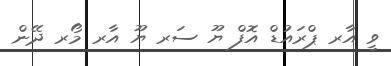
ވީ އާރ ޕްރައުޑް އޮފް ޔޫ ސަރ ޔޫ އާރ މޯރ ދޭން